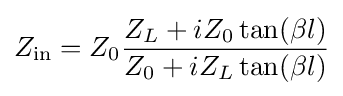
Z_{\mathrm {in} }=Z_{0}{\frac {Z_{L}+iZ_{0}\tan(\beta l)}{Z_{0}+iZ_{L}\tan(\beta l)}}